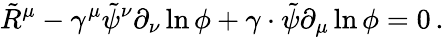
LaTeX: \tilde{R}^{\mu}-\gamma^{\mu}\tilde{\psi}^{\nu}\partial_{\nu}\ln\phi+\gamma\cdot\tilde{\psi}\partial_{\mu}\ln\phi=0\, .